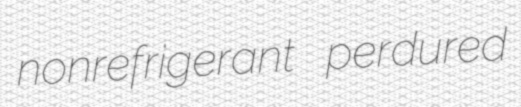
nonrefrigerant perdured